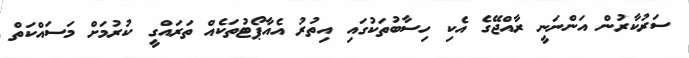
ސަރުކާރުން އަންނަނީ ރާއްޖޭގެ އެކި ހިސާބުތަކުގައި އިތުރު އެއާޕޯޓުތަކެއް ތަރައްގީ ކުރުމަށް މަސައްކަތް